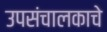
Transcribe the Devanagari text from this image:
उपसंचालकाचे